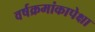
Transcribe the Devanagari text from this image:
वर्षक्रमांकापेक्षा